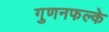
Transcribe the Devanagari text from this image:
गुणनफल्के